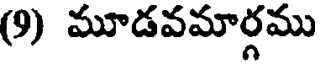
(9) మూడవమార్గము